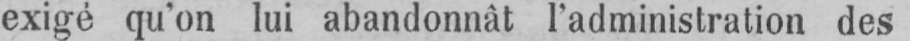
exigé qu’on lui abandonnât l’administration des